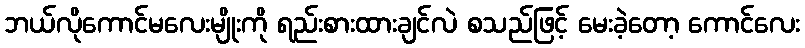
ဘယ်လိုကောင်မလေးမျိုးကို ရည်းစားထားချင်လဲ စသည်ဖြင့် မေးခဲ့တော့ ကောင်လေး